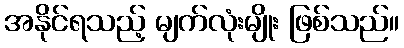
အနိုင်ရသည့် မျက်လုံးမျိုး ဖြစ်သည်။